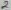
Text: 2